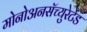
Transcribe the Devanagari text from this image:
मोनोअनसॅच्युरेटेड